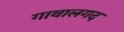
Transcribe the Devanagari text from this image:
गावालगद